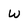
Character: w